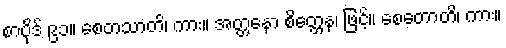
စာပိုဒ် ၉၁။ စေတသာတိ၊ ကား။ အတ္တနော စိတ္တေန၊ ဖြင့်။ စေတောတိ၊ ကား။